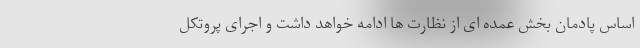
اساس پادمان بخش عمده ای از نظارت ها ادامه خواهد داشت و اجرای پروتکل